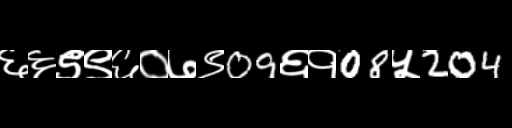
Text: ६६९९६०७९09६१08५204